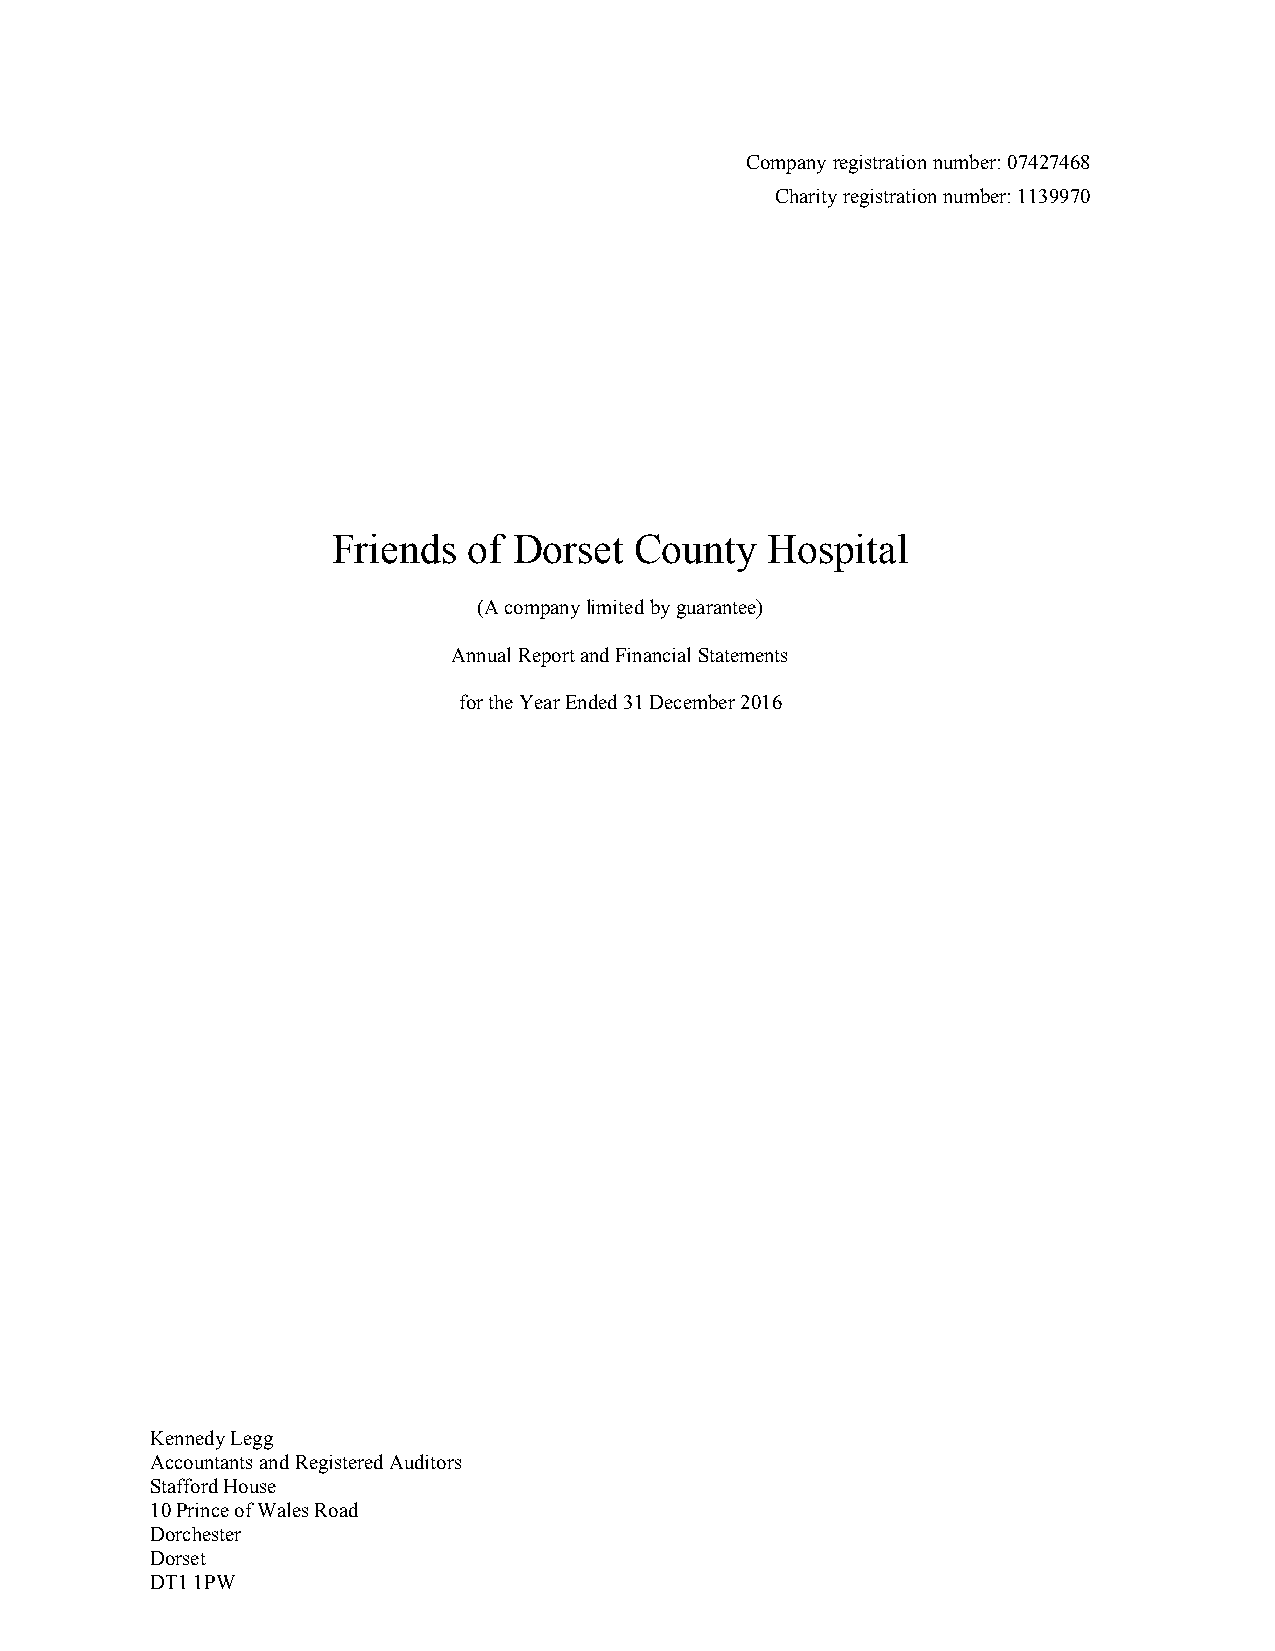
Companyregistrationnumber:07427468
 Charityregistrationnumber:1139970
 Friends  of Dorset  County   Hospital
 (Acompanylimitedbyguarantee)
 AnnualReportandFinancialStatements
 fortheYearEnded31December2016
 KennedyLegg
 AccountantsandRegisteredAuditors
 StaffordHouse
 10PrinceofWalesRoad
 Dorchester
 Dorset
 DT11PW